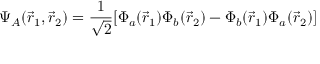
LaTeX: \Psi _ { A } ( { \vec { r } } _ { 1 } , { \vec { r } } _ { 2 } ) = { \frac { 1 } { \sqrt { 2 } } } [ \Phi _ { a } ( { \vec { r } } _ { 1 } ) \Phi _ { b } ( { \vec { r } } _ { 2 } ) - \Phi _ { b } ( { \vec { r } } _ { 1 } ) \Phi _ { a } ( { \vec { r } } _ { 2 } ) ]